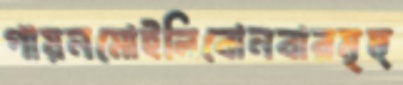
গায়নমোইলিবোনবারমৃত্